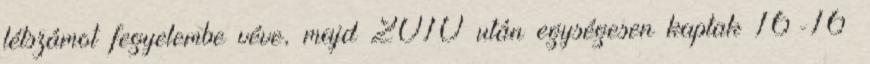
létszámot fegyelembe véve, majd 2010 után egységesen kaptak 16-16